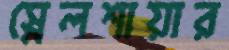
স্নেলশায়ার